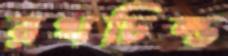
রথচিল্ড